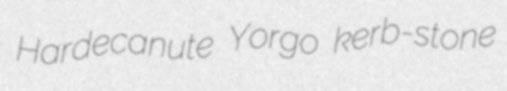
Hardecanute Yorgo kerb-stone